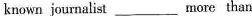
known journalist___more than